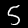
Label: 5